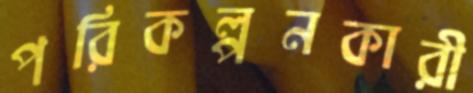
পরিকল্পনকারী